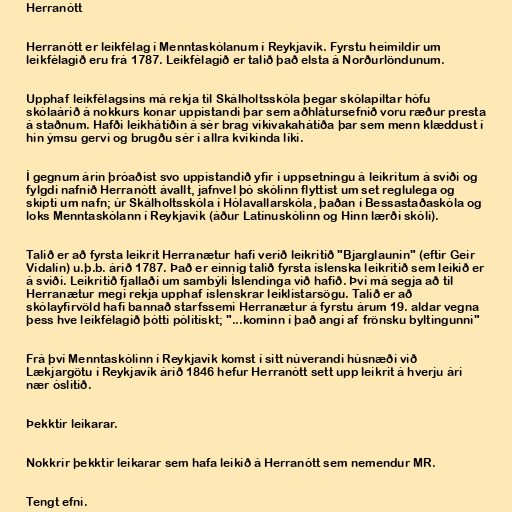
Herranótt

Herranótt er leikfélag í Menntaskólanum í Reykjavík. Fyrstu heimildir um
leikfélagið eru frá 1787. Leikfélagið er talið það elsta á Norðurlöndunum.

Upphaf leikfélagsins má rekja til Skálholtsskóla þegar skólapiltar hófu
skólaárið á nokkurs konar uppistandi þar sem aðhlátursefnið voru ræður presta
á staðnum. Hafði leikhátíðin á sér brag vikivakahátíða þar sem menn klæddust í
hin ýmsu gervi og brugðu sér í allra kvikinda líki.

Í gegnum árin þróaðist svo uppistandið yfir í uppsetningu á leikritum á sviði og
fylgdi nafnið Herranótt ávallt, jafnvel þó skólinn flyttist um set reglulega og
skipti um nafn; úr Skálholtsskóla í Hólavallarskóla, þaðan í Bessastaðaskóla og
loks Menntaskólann í Reykjavík (áður Latínuskólinn og Hinn lærði skóli).

Talið er að fyrsta leikrit Herranætur hafi verið leikritið "Bjarglaunin" (eftir Geir
Vídalín) u.þ.b. árið 1787. Það er einnig talið fyrsta íslenska leikritið sem leikið er
á sviði. Leikritið fjallaði um sambýli Íslendinga við hafið. Því má segja að til
Herranætur megi rekja upphaf íslenskrar leiklistarsögu. Talið er að
skólayfirvöld hafi bannað starfssemi Herranætur á fyrstu árum 19. aldar vegna
þess hve leikfélagið þótti pólitískt; "...kominn í það angi af frönsku byltingunni"

Frá því Menntaskólinn í Reykjavík komst í sitt núverandi húsnæði við
Lækjargötu í Reykjavík árið 1846 hefur Herranótt sett upp leikrit á hverju ári
nær óslitið.

Þekktir leikarar.

Nokkrir þekktir leikarar sem hafa leikið á Herranótt sem nemendur MR.

Tengt efni.